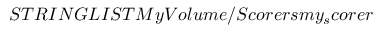
S T R I N G L I S T M y V o l u m e / S c o r e r s m y _ { s } c o r e r